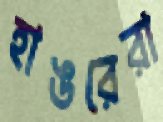
হাঙরেরা